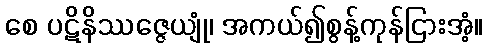
စေ ပဋိနိဿဇ္ဇေယျုံ၊ အကယ်၍စွန့်ကုန်ငြားအံ့။